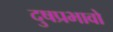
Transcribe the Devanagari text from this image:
दुषप्रभावो